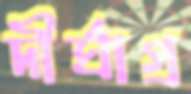
দীর্ঘাগ্র